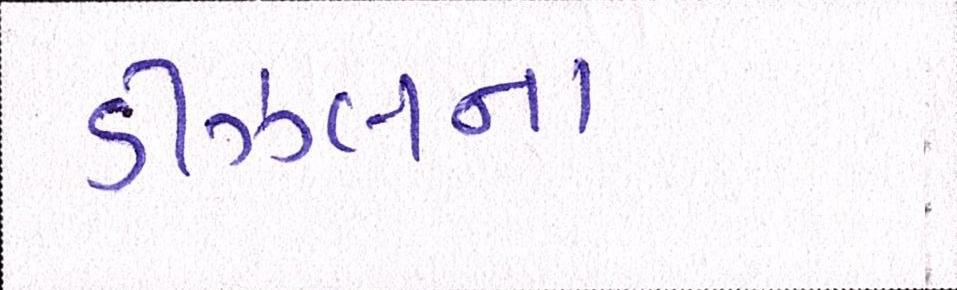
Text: ડીઝલના